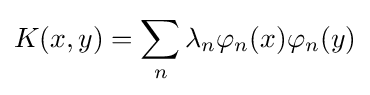
K(x,y)=\sum _{n}\lambda _{n}\varphi _{n}(x)\varphi _{n}(y)